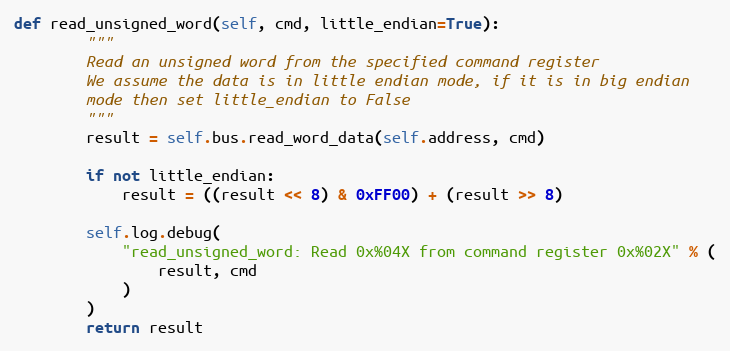
Language: Python
def read_unsigned_word(self, cmd, little_endian=True):
        """
        Read an unsigned word from the specified command register
        We assume the data is in little endian mode, if it is in big endian
        mode then set little_endian to False
        """
        result = self.bus.read_word_data(self.address, cmd)

        if not little_endian:
            result = ((result << 8) & 0xFF00) + (result >> 8)

        self.log.debug(
            "read_unsigned_word: Read 0x%04X from command register 0x%02X" % (
                result, cmd
            )
        )
        return result